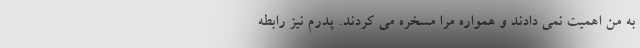
به من اهمیت نمی دادند و همواره مرا مسخره می کردند. پدرم نیز رابطه